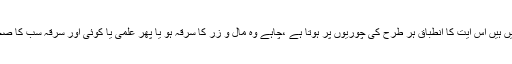
سرقہ یعنی چوری کی متعدد قسمیں ہیں اس آیت کا انطباق ہر طرح کی چوریوں پر ہوتا ہے ،چاہے وہ مال و زر کا سرقہ ہو یا پھر علمی یا کوئی اور سرقہ سب کا صحیح صحیح محاسبہ ضروری ہے۔